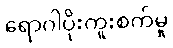
ရောဂါပိုးကူးစက်မှု